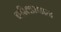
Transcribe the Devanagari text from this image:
चरितप्रधान